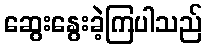
ဆွေးနွေးခဲ့ကြပါသည်